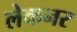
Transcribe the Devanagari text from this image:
लेकनर